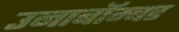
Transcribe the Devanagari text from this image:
उनाबॉम्बर